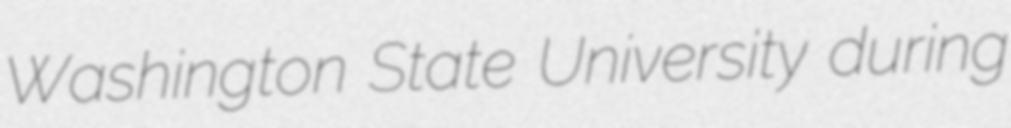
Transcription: Washington State University during